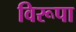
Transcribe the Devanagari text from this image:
विरूपा